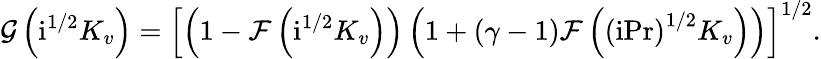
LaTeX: \mathcal{G}\left(\mathrm{i}^{1/2}K_{v}\right)=\left[\left(1-\mathcal{F}\left(\mathrm{i}^{1/2}K_{v}\right)\right)\left(1+\left(\gamma-1\right)\mathcal{F}\left(\left(\mathrm{i}\mathrm{Pr}\right)^{1/2}K_{v}\right)\right)\right]^{1/2}.